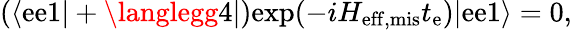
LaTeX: (\langle\mathrm{e}\mathrm{e}1|+\langlegg4|)\mathrm{{\mathrm{e}xp}}(-iH_{\mathrm{{\mathrm{e}ff,mis}}}t_{\mathrm{e}})|\mathrm{e}\mathrm{e}1\rangle=0,